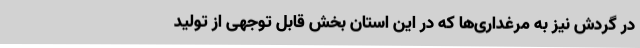
در گردش نیز به مرغداری‌ها که در این استان بخش قابل توجهی از تولید